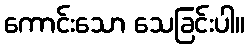
ကောင်းသော သေခြင်းပါ။